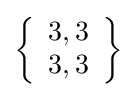
\left\{{\begin{array}{l}3,3\\3,3\end{array}}\right\}